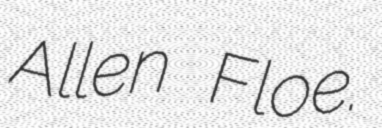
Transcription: Allen Floe.